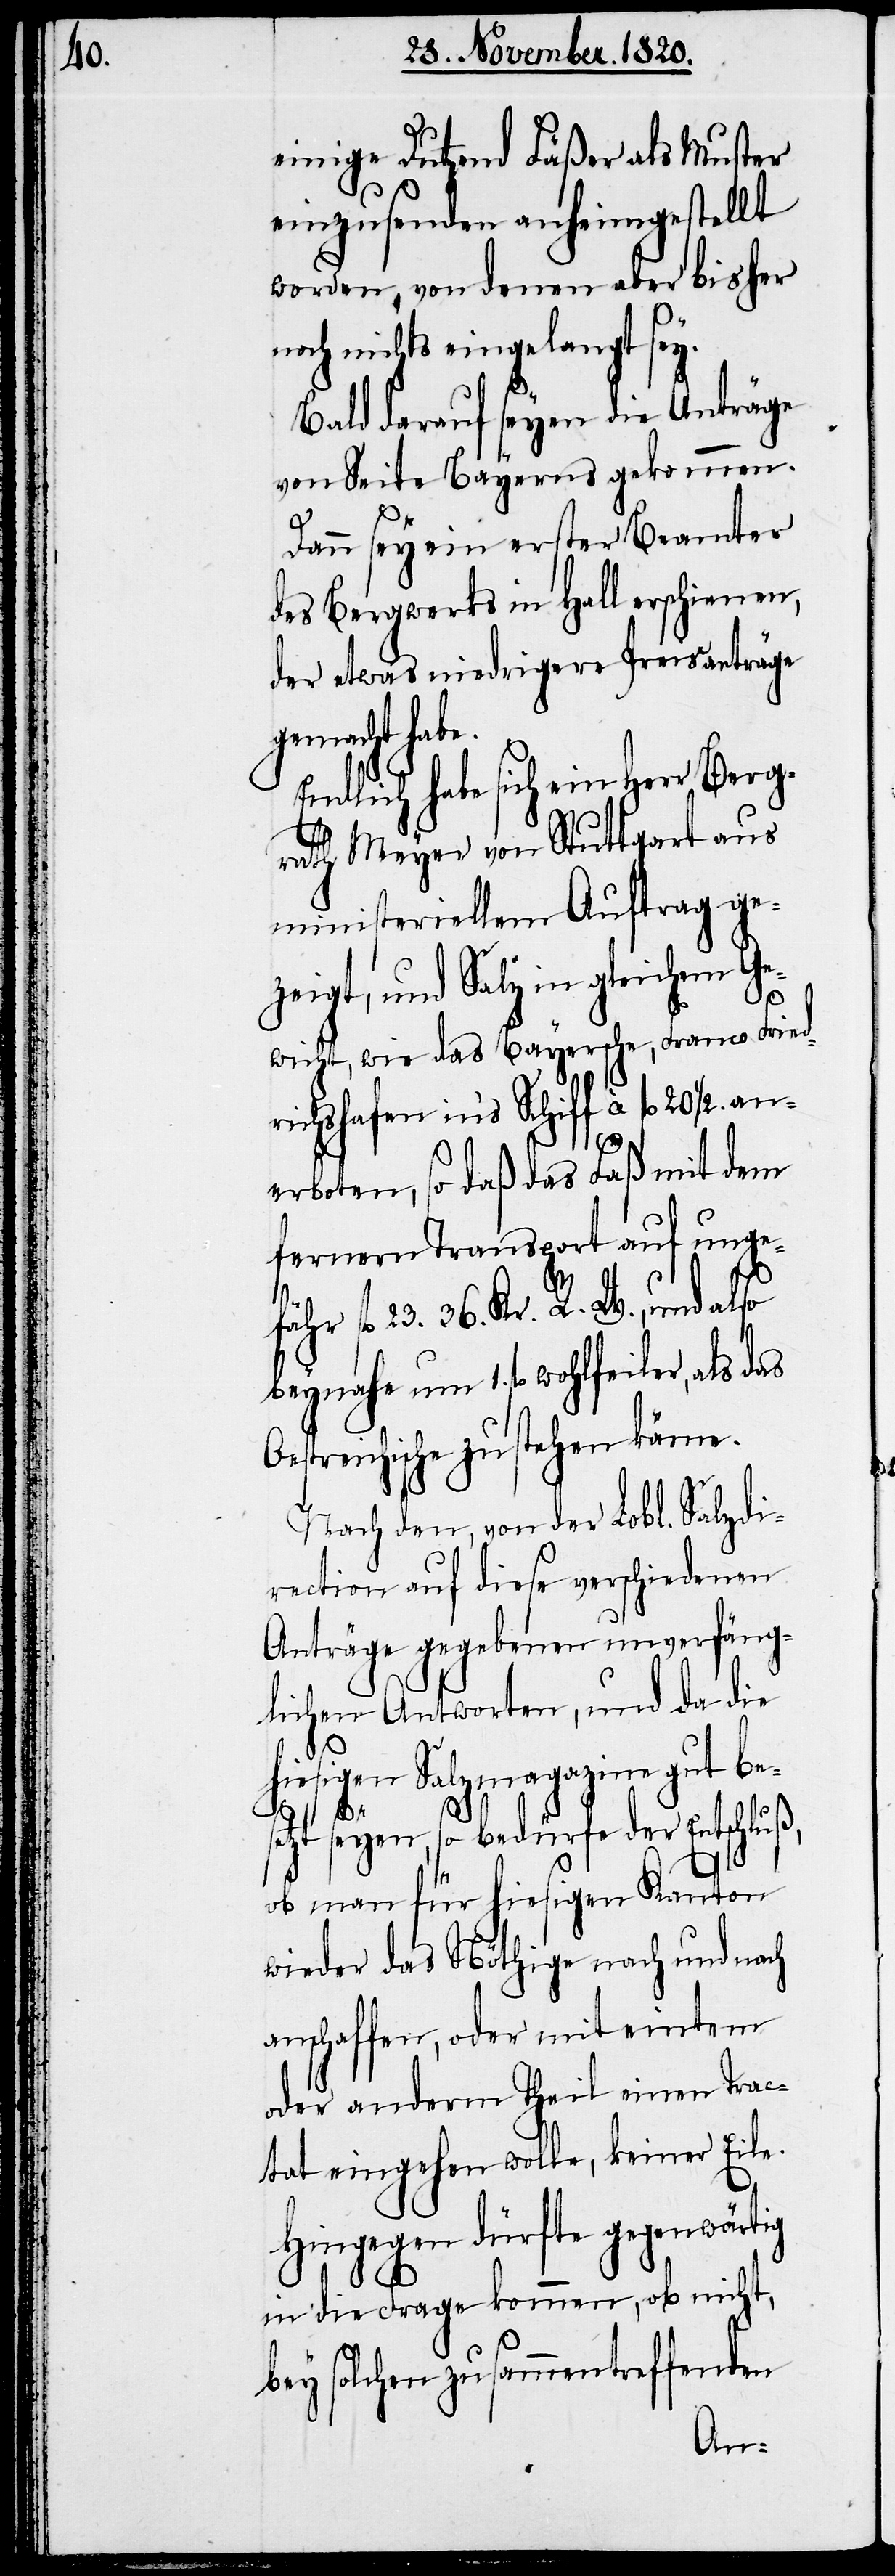
ß,

einige Dutzend Fäßer als Muster
einzusenden anheimgestellt
worden, von denen aber bisher
noch nichts eingelangt sey.
Bald darauf seyen die Anträge
von Seite Bayerns gekommen.
Dann sey ein erster Beamter
des Bergwerks in Hall erschienen,
der etwas niedrigere Preisanträge
gemacht habe.
Endlich habe sich ein Herr Berg¬
rath Meyer von Stuttgart aus
ministeriellem Auftrag ge¬
zeigt, und Salz in gleichem Ge¬
wicht, wie das Bayersche, Franco Fried¬
richshafen in’s Schiff à fl. 20
erboten, so daß das Faß mit dem
fernern Transport auf ungef¬
ähr fl. 23. 36. Kr. R. W. und also
beynahe um 1. fl. wohlfeiler, als das
treichische zu stehen käme.
Nach den, von der Lobl. Salzdi¬
rection auf diese verschiedenen
Anträge gegebenen unverfäng¬
lichen Antworten, und da die
hiesigen Salzmagazine gut bes¬
etzt seyen, so bedürfe der Entschlu¬
ob man für hiesigen Kanton
wieder das Nöthige nach und nach
anschaffen, oder mit eintem
oder anderm Theil einen Trac¬
tat eingehen wolle, keiner Eile.
Hingegen dürfte gegenwärtig
in die Frage kommen, ob nicht,
bey solchen zusammentreffenden
Oes¬